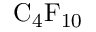
\mathrm { C _ { 4 } F _ { 1 0 } }